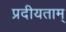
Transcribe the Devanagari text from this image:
प्रदीयताम्